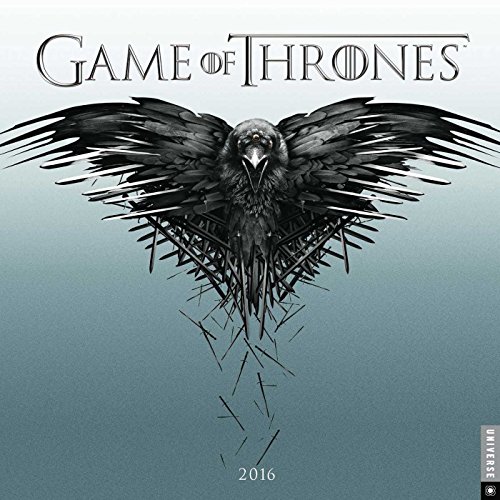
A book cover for Game of Thrones 2016 Wall Calendar; HBO; Humor & Entertainment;